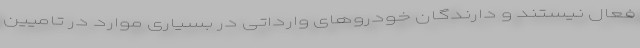
فعال نیستند و دارندگان خودروهای وارداتی در بسیاری موارد در تامیین